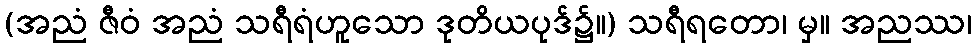
(အညံ ဇီဝံ အညံ သရီရံဟူသော ဒုတိယပုဒ်၌။) သရီရတော၊ မှ။ အညဿ၊